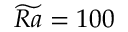
\widetilde { R a } = 1 0 0